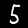
Digit: 5